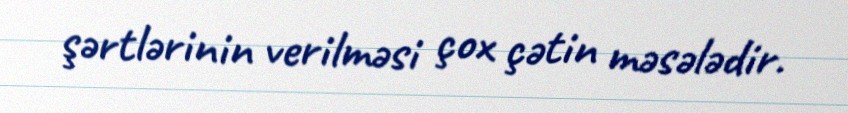
şərtlərinin verilməsi çox çətin məsələdir.